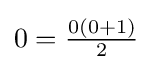
0={\tfrac {0(0+1)}{2}}